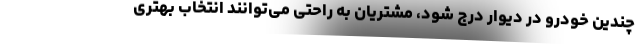
چندین خودرو در دیوار درج شود، مشتریان به راحتی می‌توانند انتخاب بهتری